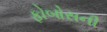
ફોબોસની